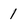
Character: 1